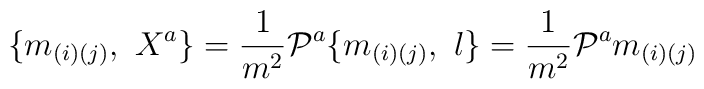
\{m_{(i)(j)}, \ X^{a} \}={1 \over m^{2}}{\cal P}^{a}\{m_{(i)(j)}, \ l \}={1 \over m^{2}}{\cal P}^{a}m_{(i)(j)}